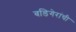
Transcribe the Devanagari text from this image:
बडिगेरांची